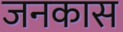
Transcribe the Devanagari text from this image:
जनकास